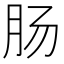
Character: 肠